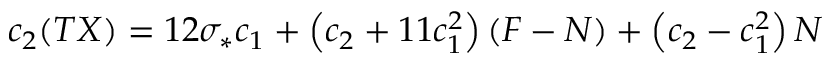
c _ { 2 } ( T X ) = 1 2 \sigma _ { * } c _ { 1 } + \left( c _ { 2 } + 1 1 c _ { 1 } ^ { 2 } \right) ( F - N ) + \left( c _ { 2 } - c _ { 1 } ^ { 2 } \right) N